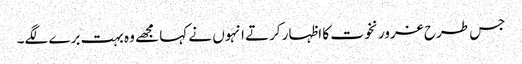
جس طرح غرور نخوت کا اظہار کرتے انہوں نے کہا مجھے وہ بہت برے لگے۔